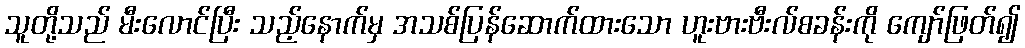
သူတို့သည် မီးလောင်ပြီး သည့်နောက်မှ အသစ်ပြန်ဆောက်ထားသော ဟူးဗားဗီးလ်စခန်းကို ကျော်ဖြတ်၍